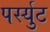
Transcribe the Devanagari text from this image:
पर्स्युट